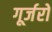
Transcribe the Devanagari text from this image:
गूर्जरों